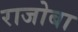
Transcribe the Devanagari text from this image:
राजोबा